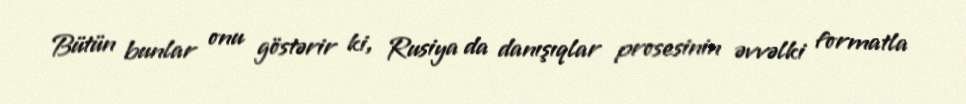
Bütün bunlar onu göstərir ki, Rusiya da danışıqlar prosesinin əvvəlki formatla